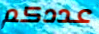
عددكم